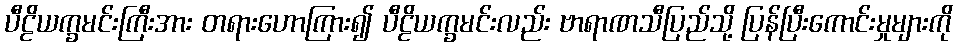
ပီဠိယက္ခမင်းကြီးအား တရားဟောကြား၍ ပီဠိယက္ခမင်းလည်း ဗာရာဏသီပြည်သို့ ပြန်ပြီးကောင်းမှုများကို